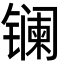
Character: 镧